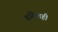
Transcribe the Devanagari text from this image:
हॉटेलही